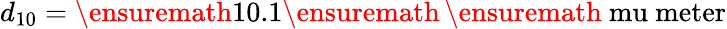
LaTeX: d_{10}=\ensuremath{\mathrm{10.1}}\ensuremath{\, }\ensuremath{\mathrm{\ mu\ meter}}